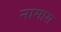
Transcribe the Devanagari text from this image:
नामास